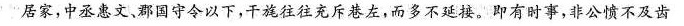
居家，中丞惠文，郡国守令以下，干旄往往充斥巷左，而多不延接。即有时事，非公愤不及齿